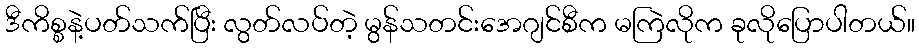
ဒီကိစ္စနဲ့ပတ်သက်ပြီး လွတ်လပ်တဲ့ မွန်သတင်းအေဂျင်စီက မကြဲလိုက ခုလိုပြောပါတယ်။